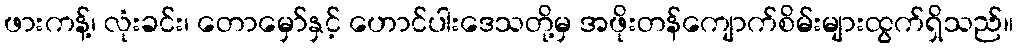
ဖားကန့်၊ လုံးခင်း၊ တောမှော်နှင့် ဟောင်ပါးဒေသတို့မှ အဖိုးတန်ကျောက်စိမ်းများထွက်ရှိသည်။